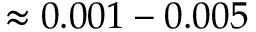
\approx 0 . 0 0 1 - 0 . 0 0 5